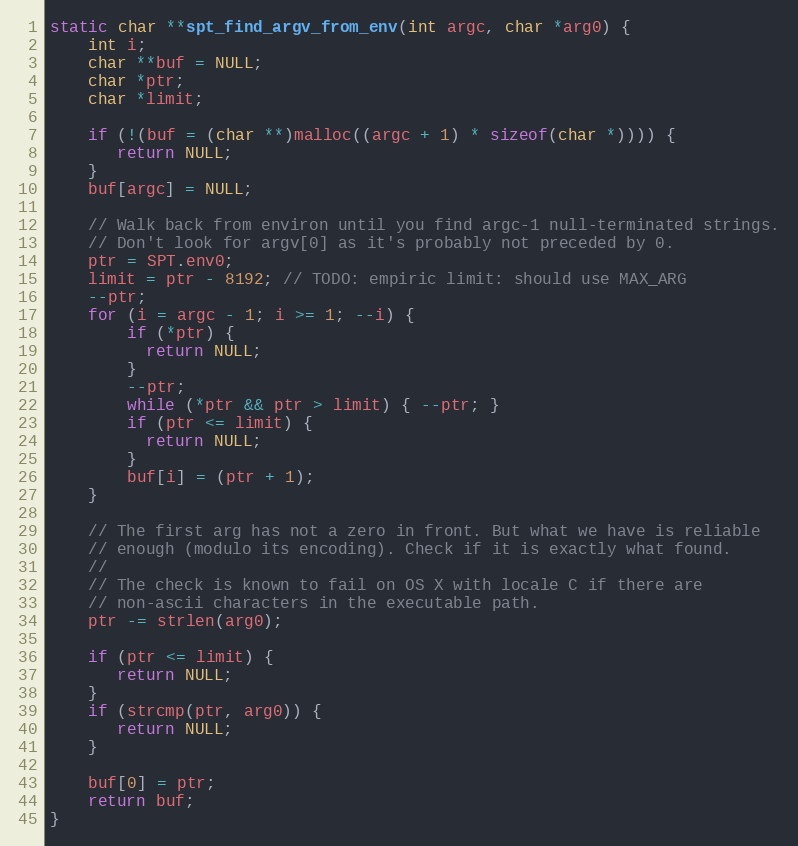
Language: C
static char **spt_find_argv_from_env(int argc, char *arg0) {
    int i;
    char **buf = NULL;
    char *ptr;
    char *limit;

    if (!(buf = (char **)malloc((argc + 1) * sizeof(char *)))) {
       return NULL;
    }
    buf[argc] = NULL;

    // Walk back from environ until you find argc-1 null-terminated strings.
    // Don't look for argv[0] as it's probably not preceded by 0.
    ptr = SPT.env0;
    limit = ptr - 8192; // TODO: empiric limit: should use MAX_ARG
    --ptr;
    for (i = argc - 1; i >= 1; --i) {
        if (*ptr) {
          return NULL;
        }
        --ptr;
        while (*ptr && ptr > limit) { --ptr; }
        if (ptr <= limit) {
          return NULL;
        }
        buf[i] = (ptr + 1);
    }

    // The first arg has not a zero in front. But what we have is reliable
    // enough (modulo its encoding). Check if it is exactly what found.
    //
    // The check is known to fail on OS X with locale C if there are
    // non-ascii characters in the executable path.
    ptr -= strlen(arg0);

    if (ptr <= limit) {
       return NULL;
    }
    if (strcmp(ptr, arg0)) {
       return NULL;
    }

    buf[0] = ptr;
    return buf;
}